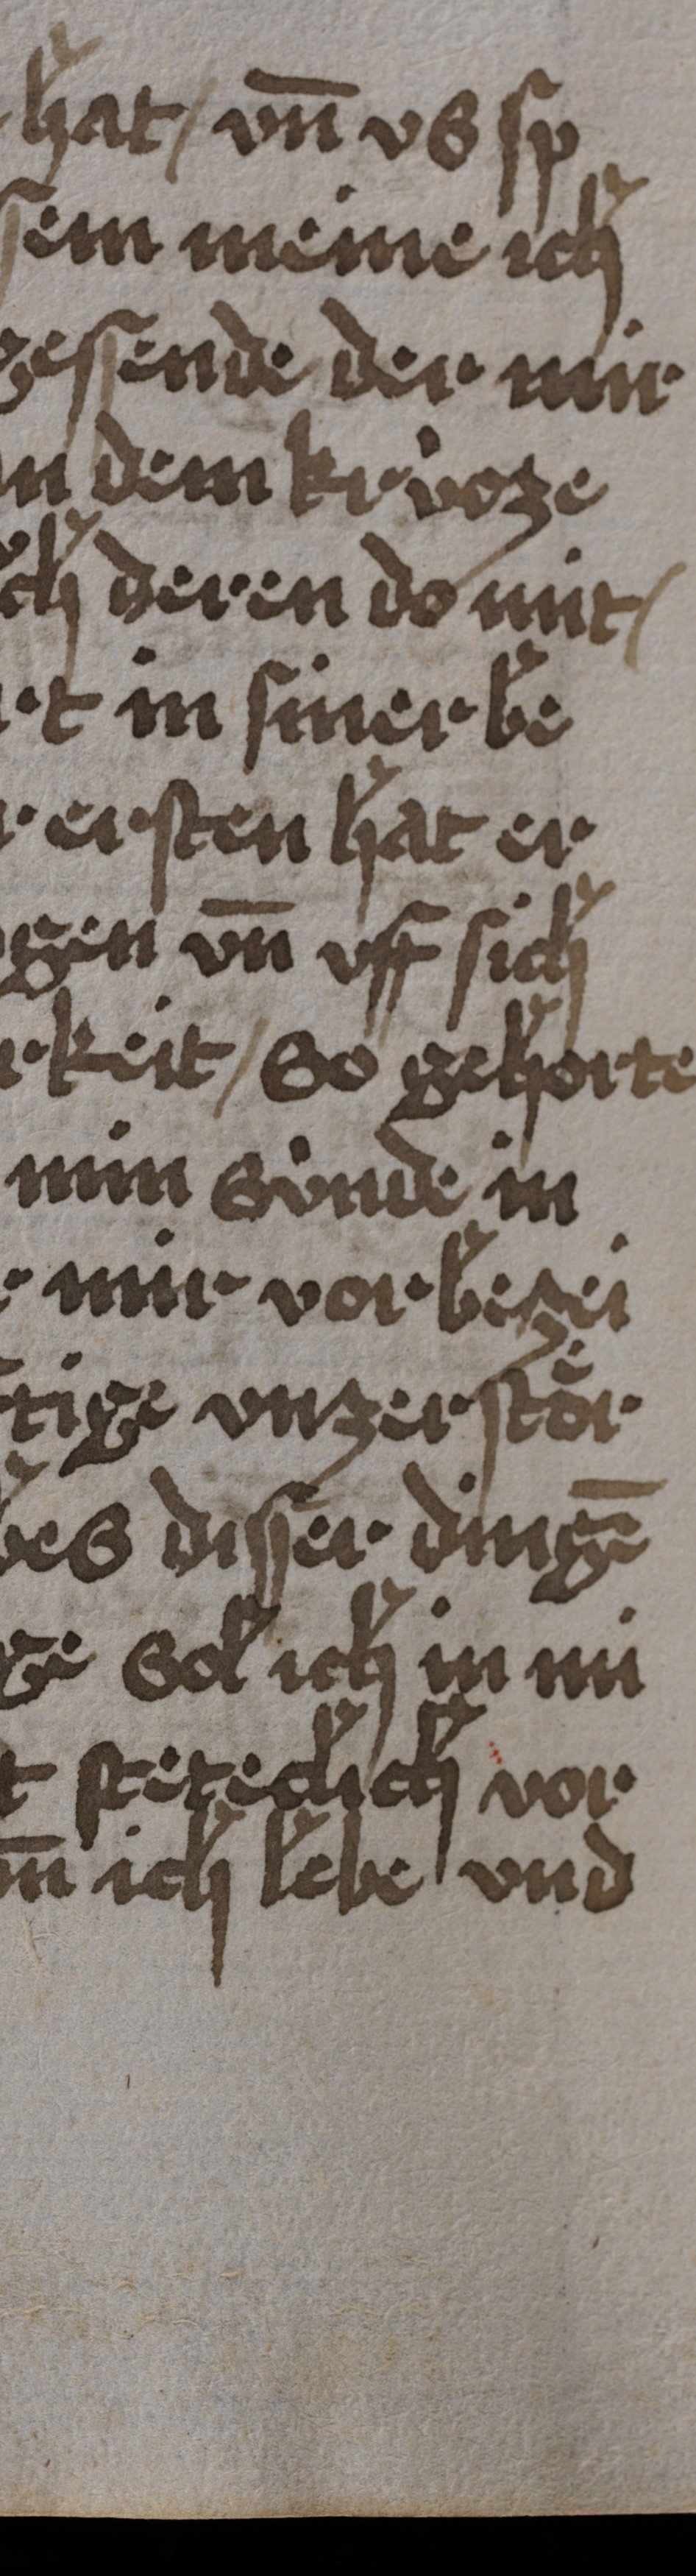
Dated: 1450–1499